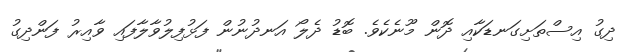
ދިގު އިސްތަށިގަނޑަކާއި ދޮން މޫނެކެވެ. ބޮޑު ދެލޯ އަނދުނުން ފަޅުފިލުވާލާފައި ވާއިރު ފަންދިގު